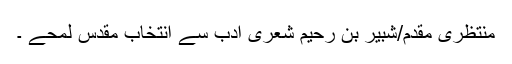
منتظری مقدم/شبیر بن رحیم شعری ادب سے انتخاب مقدس لمحے ۔